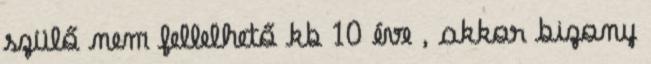
szülő nem fellelhető kb 10 éve , akkor bizony